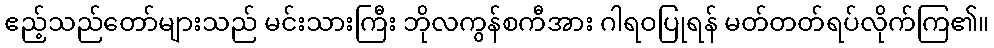
ဧည့်သည်တော်များသည် မင်းသားကြီး ဘိုလကွန်စကီအား ဂါရဝပြုရန် မတ်တတ်ရပ်လိုက်ကြ၏။